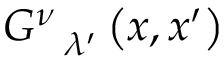
G _ { \ \ \lambda ^ { \prime } } ^ { \nu } \left( x , x ^ { \prime } \right)